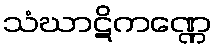
သံဃာဋိကဏ္ဏေ